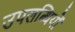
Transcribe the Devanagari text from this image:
उपलब्धियों